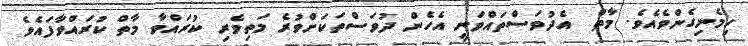
ހިމެނިގެންވެއެވެ. މާތް  އެދުވަސްތައްވަނީ އެހެން ދުވަސްތަކަށްވުރެ މަތިވެރި ކުރައްވާ މާތް ކުރައްވާފައެވެ